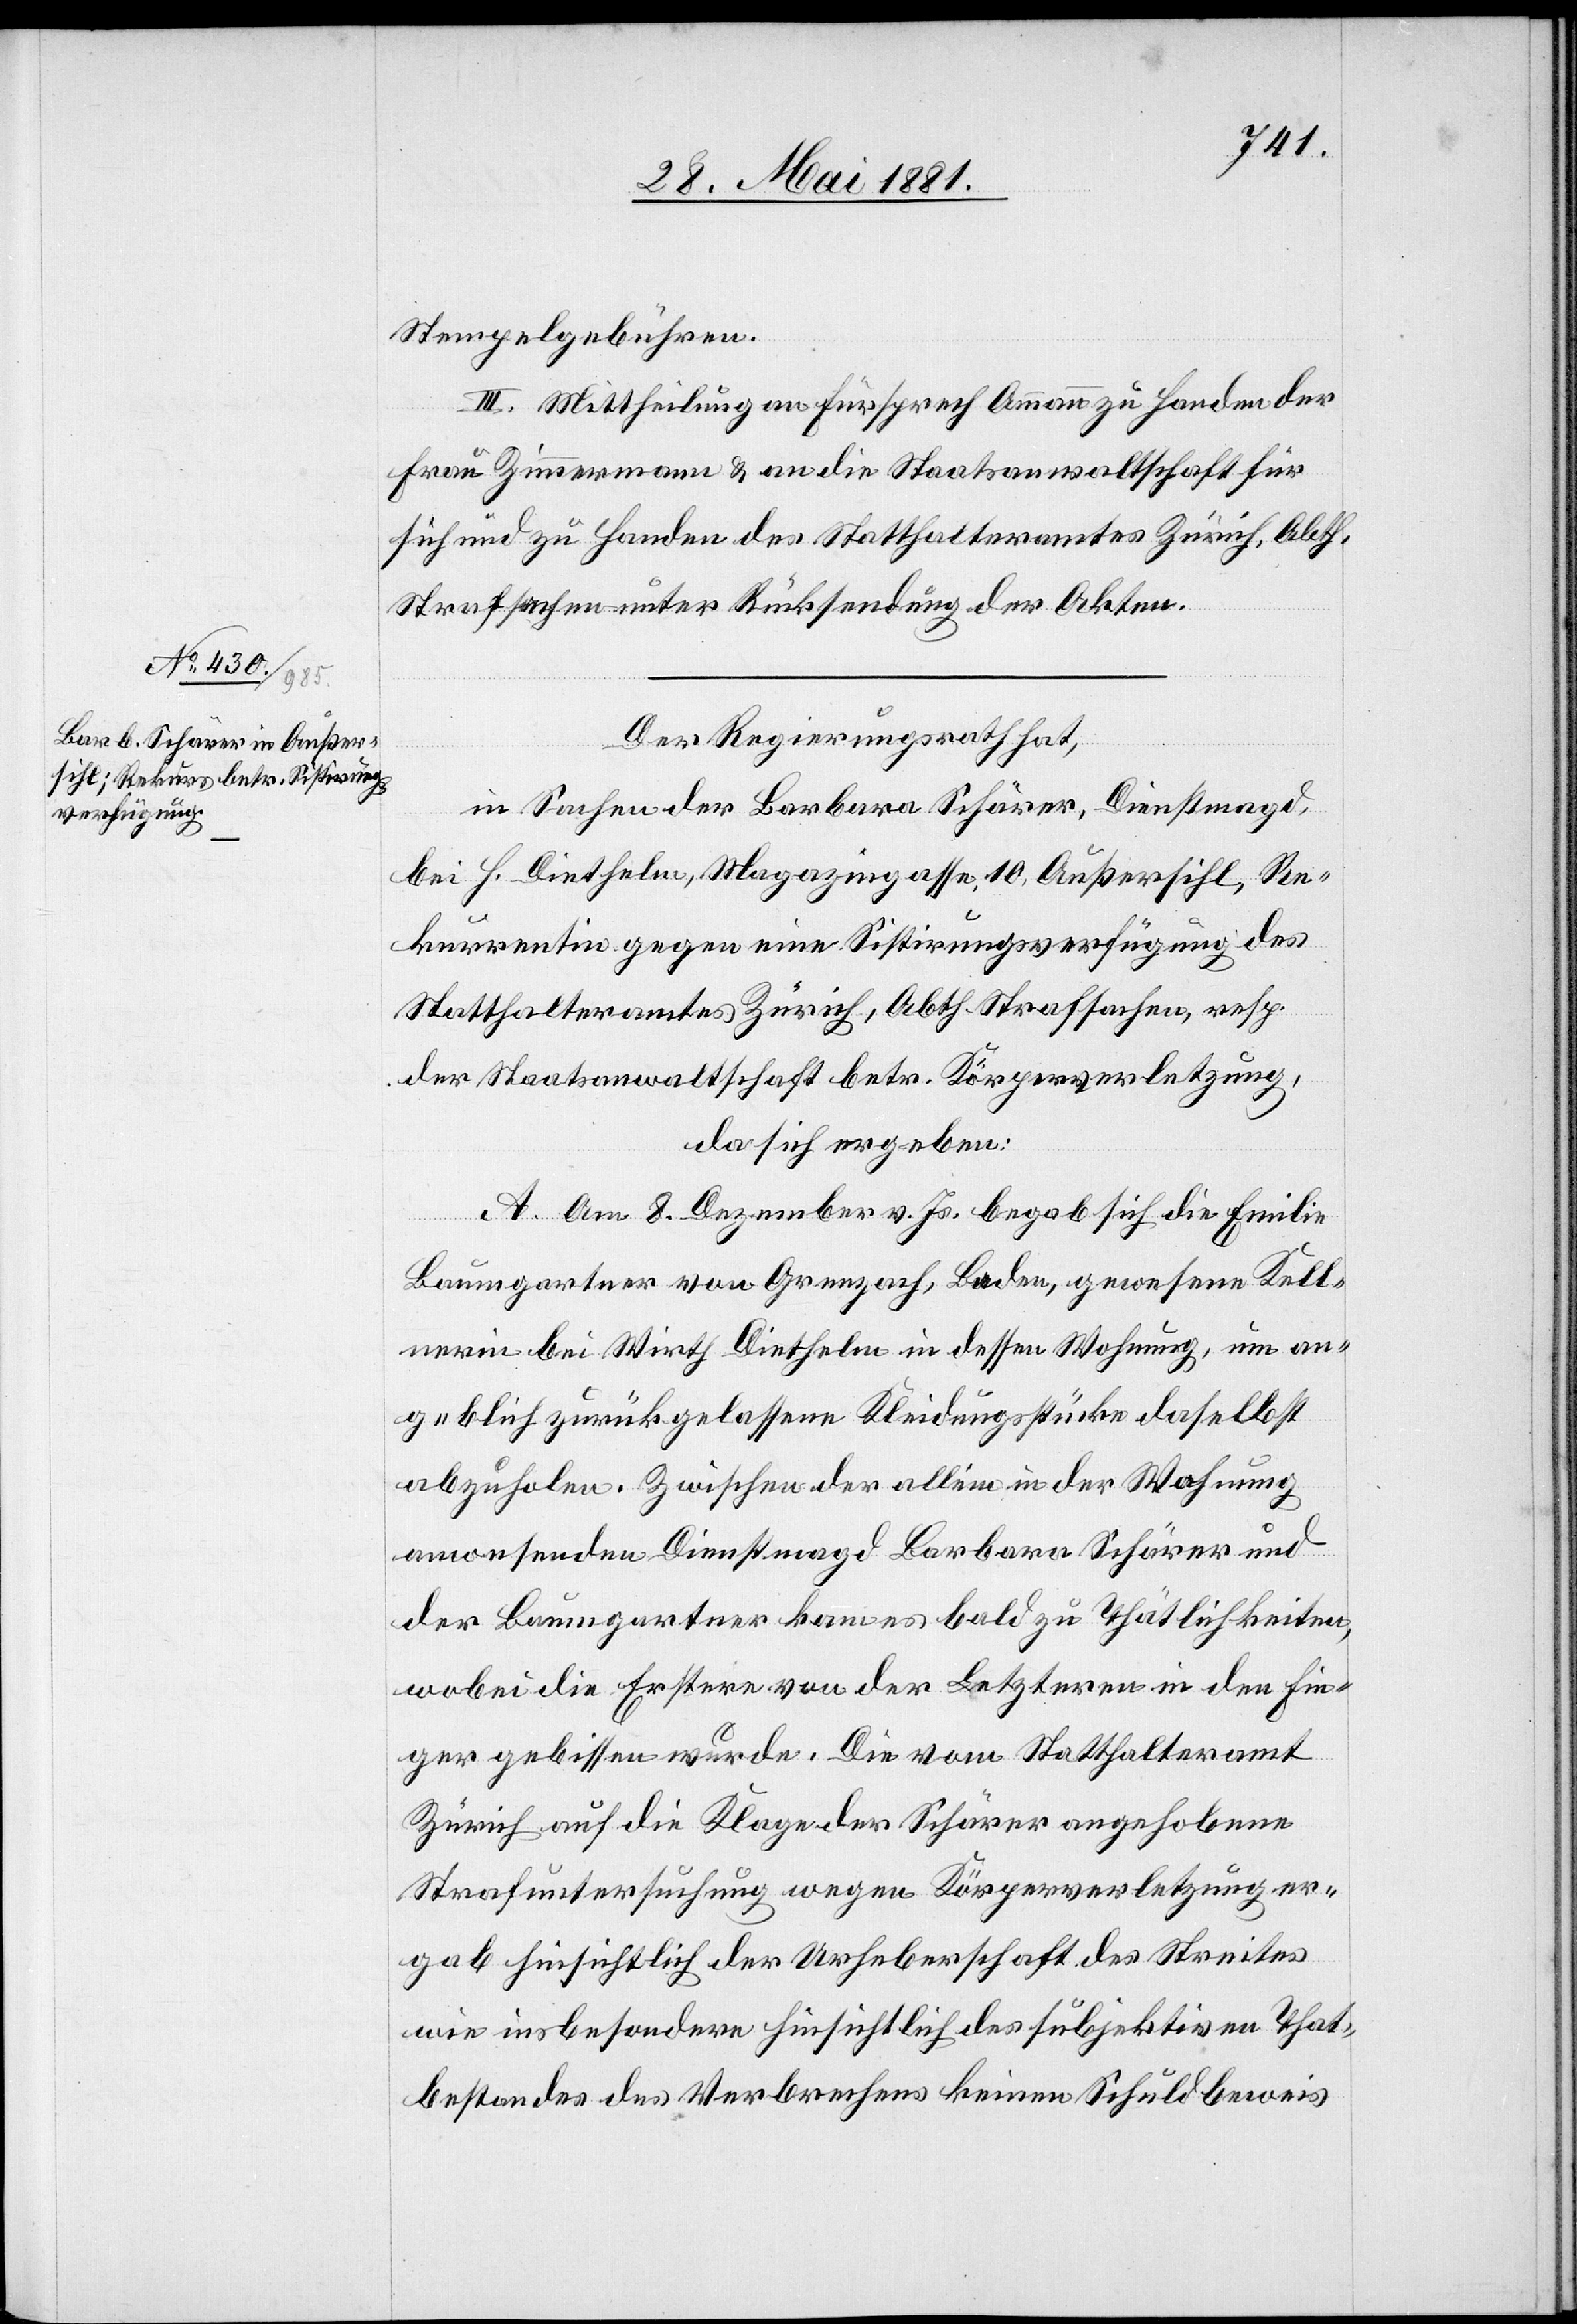
Stempelgebühren.
III. Mittheilung an Fürsprech Ammann zu Handen der
Frau Zimmermann & an die Staatsanwaltschaft für
sich und zu Handen des Statthalteramtes Zürich, Abth.
Strafsachen unter Rücksendung der Akten.
Der Regierungsrath hat,
in Sachen der Barbara Schärer, Dienstmagd,
bei H. Diethelm, Magazingasse 10, Außersihl, Re¬
kurrentin gegen eine Sistirungsverfügung des
Statthalteramtes Zürich, Abth. Strafsachen, resp.
der Staatsanwaltschaft betr. Körperverletzung,
da sich ergeben:
A. Am 8. Dezember v. Js. begab sich die Familie
Baumgartner von Grenzach, Baden, gewesene Kell¬
nerin bei Wirth Diethelm in dessen Wohnung, um an¬
geblich zurückgelassene Kleidungsstücke daselbst
abzuholen. Zwischen der allein in der Wohnung
anwesenden Dienstmagd Barbara Schärer und
der Baumgartner kam es bald zu Thätlichkeiten,
wobei die Erstere von der Letzteren in den Fin¬
ger gebissen wurde. Die vom Statthalteramt
Zürich auf die Klage der Schärer angehobene
Strafuntersuchung wegen Körperverletzung er¬
gab hinsichtlich der Urheberschaft des Streites
wie insbesondere Hinsichtlich des subjektiven That¬
bestandes des Verbrechens keinen Schuldbeweis